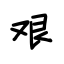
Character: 艰